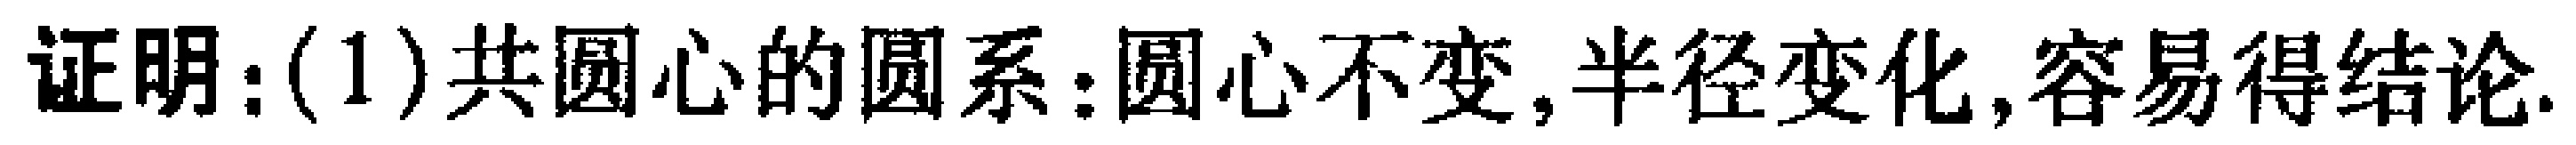
证明：(1)共圆心的圆系：圆心不变,半径变化,容易得结论.